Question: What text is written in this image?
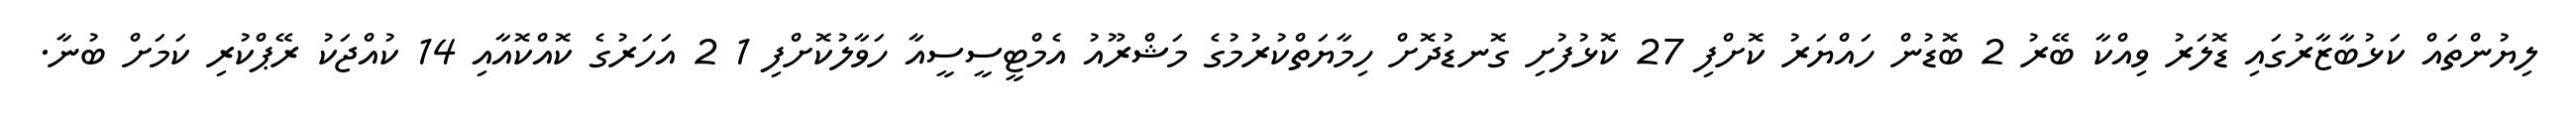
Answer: ލިޔުންތައް ކަޅުބާޒާރުގައި ޑޮލަރު ވިއްކާ ބޭރު 2 ބޮޑުން ހައްޔަރު ކޮށްފި 27 ކޮޅުފުށި ގޮނޑުދޮށް ހިމާޔަތްކުރުމުގެ މަޝްރޫއު އެމްޓީސީސީއާ ހަވާލުކޮށްފި 1 2 އަހަރުގެ ކޮއްކޮއާއި 14 ކުއްޖަކު ރޭޕްކުރި ކަމަށް ބުނާ.